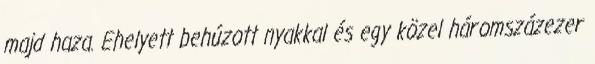
majd haza. Ehelyett behúzott nyakkal és egy közel háromszázezer